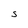
Character: s